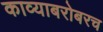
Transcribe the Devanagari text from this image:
काव्याबरोबरच